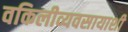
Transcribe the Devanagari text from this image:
वकिलीव्यवसायाशी